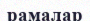
рамалар